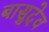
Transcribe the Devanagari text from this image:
बासुदेव